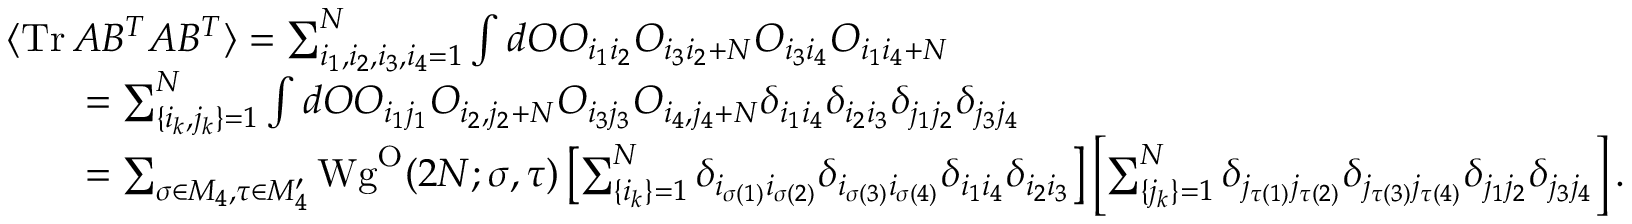
\begin{array} { r l } & { \langle \mathrm { T r } \, A B ^ { T } A B ^ { T } \rangle = \sum _ { i _ { 1 } , i _ { 2 } , i _ { 3 } , i _ { 4 } = 1 } ^ { N } \int d O O _ { i _ { 1 } i _ { 2 } } O _ { i _ { 3 } i _ { 2 } + N } O _ { i _ { 3 } i _ { 4 } } O _ { i _ { 1 } i _ { 4 } + N } } \\ & { \qquad = \sum _ { \lbrace i _ { k } , j _ { k } \rbrace = 1 } ^ { N } \int d O O _ { i _ { 1 } j _ { 1 } } O _ { i _ { 2 } , j _ { 2 } + N } O _ { i _ { 3 } j _ { 3 } } O _ { i _ { 4 } , j _ { 4 } + N } \delta _ { i _ { 1 } i _ { 4 } } \delta _ { i _ { 2 } i _ { 3 } } \delta _ { j _ { 1 } j _ { 2 } } \delta _ { j _ { 3 } j _ { 4 } } } \\ & { \qquad = \sum _ { \sigma \in M _ { 4 } , \tau \in M _ { 4 } ^ { \prime } } \mathrm { W g } ^ { \mathrm { O } } ( 2 N ; \sigma , \tau ) \left[ \sum _ { \lbrace i _ { k } \rbrace = 1 } ^ { N } \delta _ { i _ { \sigma ( 1 ) } i _ { \sigma ( 2 ) } } \delta _ { i _ { \sigma ( 3 ) } i _ { \sigma ( 4 ) } } \delta _ { i _ { 1 } i _ { 4 } } \delta _ { i _ { 2 } i _ { 3 } } \right] \left[ \sum _ { \lbrace j _ { k } \rbrace = 1 } ^ { N } \delta _ { j _ { \tau ( 1 ) } j _ { \tau ( 2 ) } } \delta _ { j _ { \tau ( 3 ) } j _ { \tau ( 4 ) } } \delta _ { j _ { 1 } j _ { 2 } } \delta _ { j _ { 3 } j _ { 4 } } \right] . } \end{array}